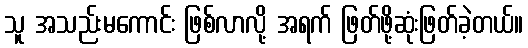
သူ အသည်းမကောင်း ဖြစ်လာလို့ အရက် ဖြတ်ဖို့ဆုံးဖြတ်ခဲ့တယ်။